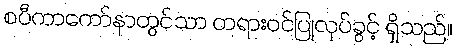
စပီကာကော်နာတွင်သာ တရားဝင်ပြုလုပ်ခွင့် ရှိသည်။